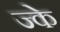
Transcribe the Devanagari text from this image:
ज्के